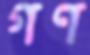
গণ